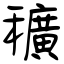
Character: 穬